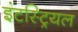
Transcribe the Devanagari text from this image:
इंटस्ट्रियल